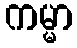
ကမ္မာ